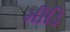
મીડિ